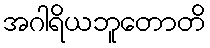
အဂါရိယဘူတောတိ